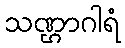
သဏ္ဌာဂါရံ